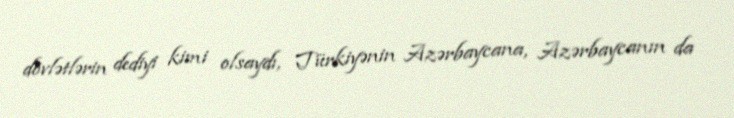
dövlətlərin dediyi kimi olsaydı, Türkiyənin Azərbaycana, Azərbaycanın da